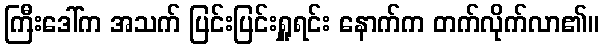
ကြီးဒေါ်က အသက် ပြင်းပြင်းရှူရင်း နောက်က တက်လိုက်လာ၏။